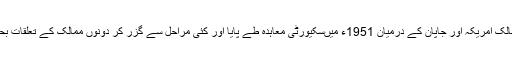
دونوں ممالک امریکہ اور جاپان کے درمیان 1951ء میںسکیورٹی معاہدہ طے پایا اور کئی مراحل سے گزر کر دونوں ممالک کے تعلقات بحال ہوئے۔